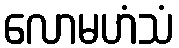
လောမဟံသံ